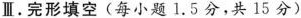
Ⅱ.完形填空(每小题 1.5 分,共 15 分)